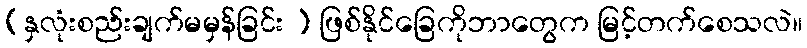
(နှလုံးစည်းချက်မမှန်ခြင်း ) ဖြစ်နိုင်ခြေကိုဘာတွေက မြင့်တက်စေသလဲ။